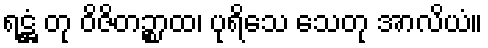
ရဋ္ဌံ တု ဝိဇိတဉ္စာထ၊ ပုရိသေ သေတု အာလိယံ။